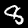
Label: 8